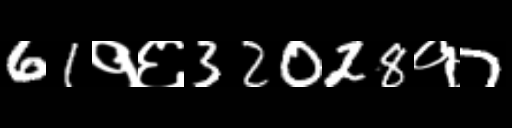
Text: 61१६32028१7